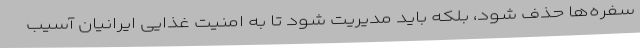
سفره‌ها حذف شود، بلکه باید مدیریت شود تا به امنیت غذایی ایرانیان آسیب